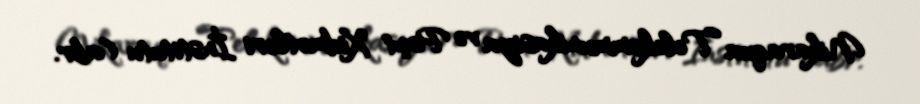
Nikaraqua Telekommunikasiya və Poçt Xidmətləri İnstitutu (abr.